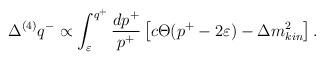
LaTeX: \begin{align*}\Delta^{(4)} q^- \propto \int_\varepsilon^{q^+} \frac{dp^+}{p^+}\left[c\Theta (p^+-2\varepsilon)-\Delta m^2_{kin}\right].\end{align*}